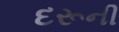
દરૂની